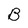
Character: B